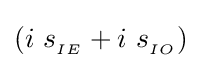
(i\ s_{_{IE}}+i\ s_{_{IO}})